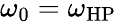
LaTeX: \omega_{0}=\omega_{\mathrm{HP}}